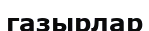
газырлар